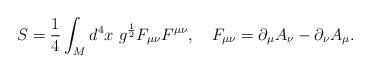
LaTeX: \begin{align*}S=\frac 14 \int_M d^4x\ g^{\frac 12} F_{\mu\nu}F^{\mu\nu} , \quad F_{\mu\nu}=\partial_\mu A_\nu -\partial_\nu A_\mu. \end{align*}